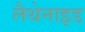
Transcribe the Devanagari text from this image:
लैथेनाइड